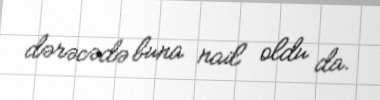
dərəcədə buna nail oldu da.